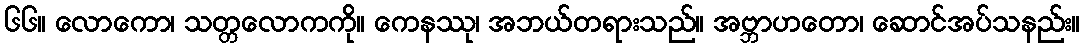
၆၆။ လောကော၊ သတ္တလောကကို။ ကေနဿု၊ အဘယ်တရားသည်။ အဗ္ဘာဟတော၊ ဆောင်အပ်သနည်း။